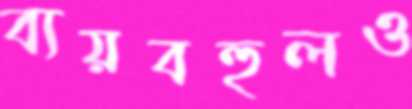
ব্যয়বহুলও